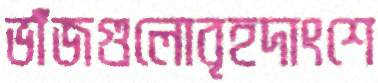
ভাঁজগুলোবৃহদাংশে